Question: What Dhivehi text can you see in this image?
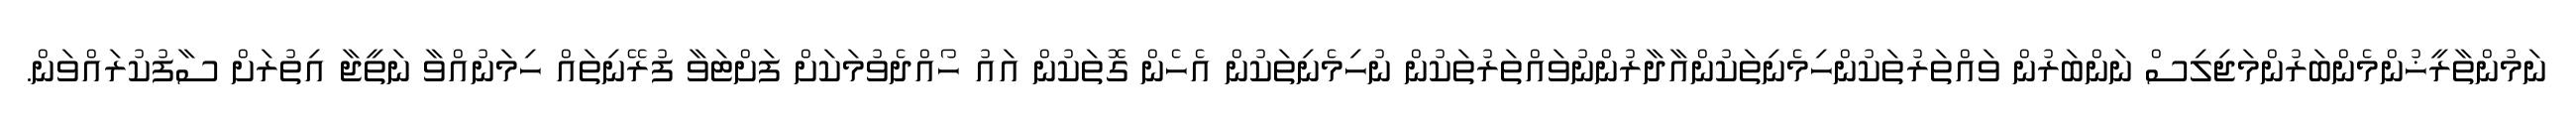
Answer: ނަމުންތާރީޚުންމެންބަރުންމަޖިލިސް ނަންބަރުން ވައްތަރުތަކުންހިމެނިތަކުންއާދާރުންނުވައްތަރުތަކުން ނުހިމެނިތަކުން އެހެން ގޮތަކުން އައު ހޯއްދެވުމަކަށް ފަށްޓަވާ ފުރޭނިތައް ހިމަނުއްވާ ނަތީޖާ އިތުރަށް ސާފުކުރައްވަން.